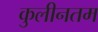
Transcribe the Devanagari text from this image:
कुलीनतम